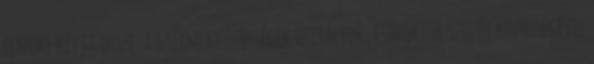
elnöke hívja össze. A gyermekközösségek osztályok, csoportok szülői közösségével